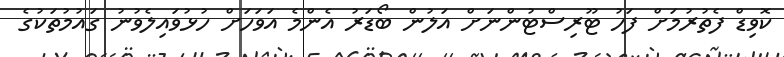
ކޮވިޑް ފެތުރުމަށް ފަހު ޓޫރިސްޓުންނަށް އަލުން ބޯޑަރު އެންމެ އަވަހަށް ހުޅުވައިލެވުނު ގައުމުތަކުގެ